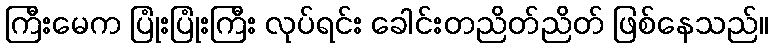
ကြီးမေက ပြုံးပြုံးကြီး လုပ်ရင်း ခေါင်းတညိတ်ညိတ် ဖြစ်နေသည်။